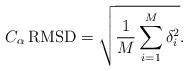
LaTeX: \begin{align*}C_{\alpha}\,\mathrm{RMSD}=\sqrt{\frac{1}{M}\sum_{i=1}^M\delta_i^2}.\end{align*}